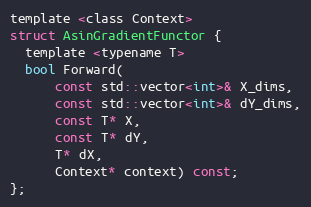
Language: C
template <class Context>
struct AsinGradientFunctor {
  template <typename T>
  bool Forward(
      const std::vector<int>& X_dims,
      const std::vector<int>& dY_dims,
      const T* X,
      const T* dY,
      T* dX,
      Context* context) const;
};